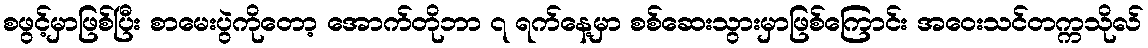
စဖွင့်မှာဖြစ်ပြီး စာမေးပွဲကိုတော့ အောက်တိုဘာ ၇ ရက်နေ့မှာ စစ်ဆေးသွားမှာဖြစ်ကြောင်း အဝေးသင်တက္ကသိုလ်